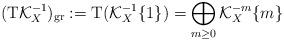
LaTeX: \begin{align*}(\mathrm{T} \mathcal{K}_X^{-1})_{\mathrm{gr}}:=\mathrm{T}(\mathcal{K}_X^{-1}\{1\})=\bigoplus_{m \ge 0}\mathcal{K}_X^{-m}\{m\}\end{align*}